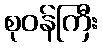
စုဝန်ကြီး